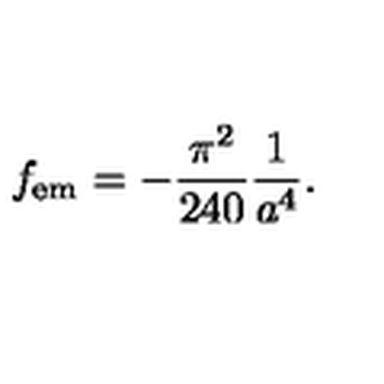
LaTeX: f _ { \mathrm { e m } } = - { \frac { \pi ^ { 2 } } { 2 4 0 } } { \frac { 1 } { a ^ { 4 } } } .